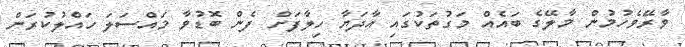
ވާރޭވެހުމުން މާލޭގެ ބައެއް މަގުތަކުގައި އާދަޔާ ހިލާފަށް ފެން ބޮޑުވާ މައްސަލަ ހައްލުކުރަން